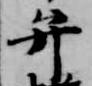
弁